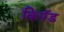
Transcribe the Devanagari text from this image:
किपॅड